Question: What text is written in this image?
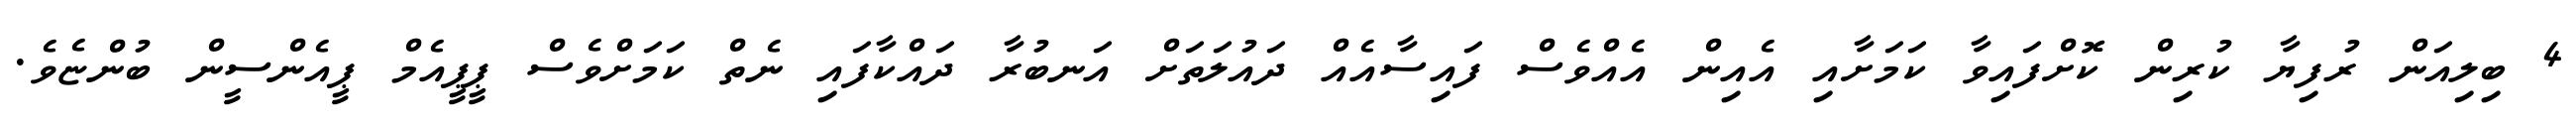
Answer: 4 ބިލިއަން ރުފިޔާ ކުރިން ކޮށްފައިވާ ކަމަށާއި އެއިން އެއްވެސް ފައިސާއެއް ދައުލަތަށް އަނބުރާ ދައްކާފައި ނެތް ކަމަށްވެސް ޕީޕީއެމް ޕީއެންސީން ބުންޏެވެ.